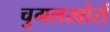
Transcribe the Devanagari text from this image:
चुगलखोरों